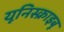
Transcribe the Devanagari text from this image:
यूनिस्क्राइबू